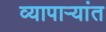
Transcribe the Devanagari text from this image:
व्यापाऱ्यांत